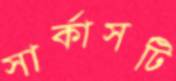
সার্কাসটি